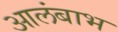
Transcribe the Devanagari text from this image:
आलंबाभ